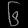
Digit: ၆